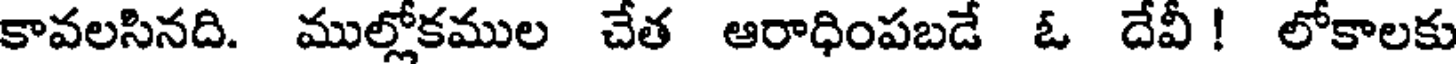
కావలసినది. ముల్లోకముల చేత ఆరాధింపబడే ఓ దేవీ ! లోకాలకు